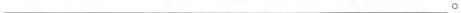
___。